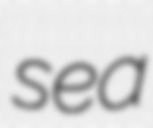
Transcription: sea